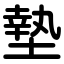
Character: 墊